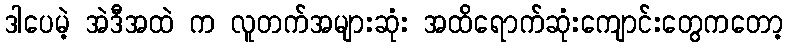
ဒါပေမဲ့ အဲဒီအထဲ က လူတက်အများဆုံး အထိရောက်ဆုံးကျောင်းတွေကတော့